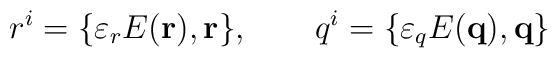
r^{i}=\{\varepsilon _{r}E({\bf r}),{\bf r\}},\qquad q^{i}=\{\varepsilon_{q}E({\bf q}),{\bf q\}}